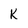
Character: k